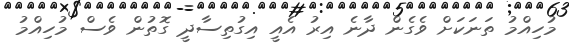
މުހިއްމު ތަނަކަށް ވެގެން ދާނެ އިރު އެއީ އިގުތިސާދީ ގޮތުން ވެސް މުހިއްމު